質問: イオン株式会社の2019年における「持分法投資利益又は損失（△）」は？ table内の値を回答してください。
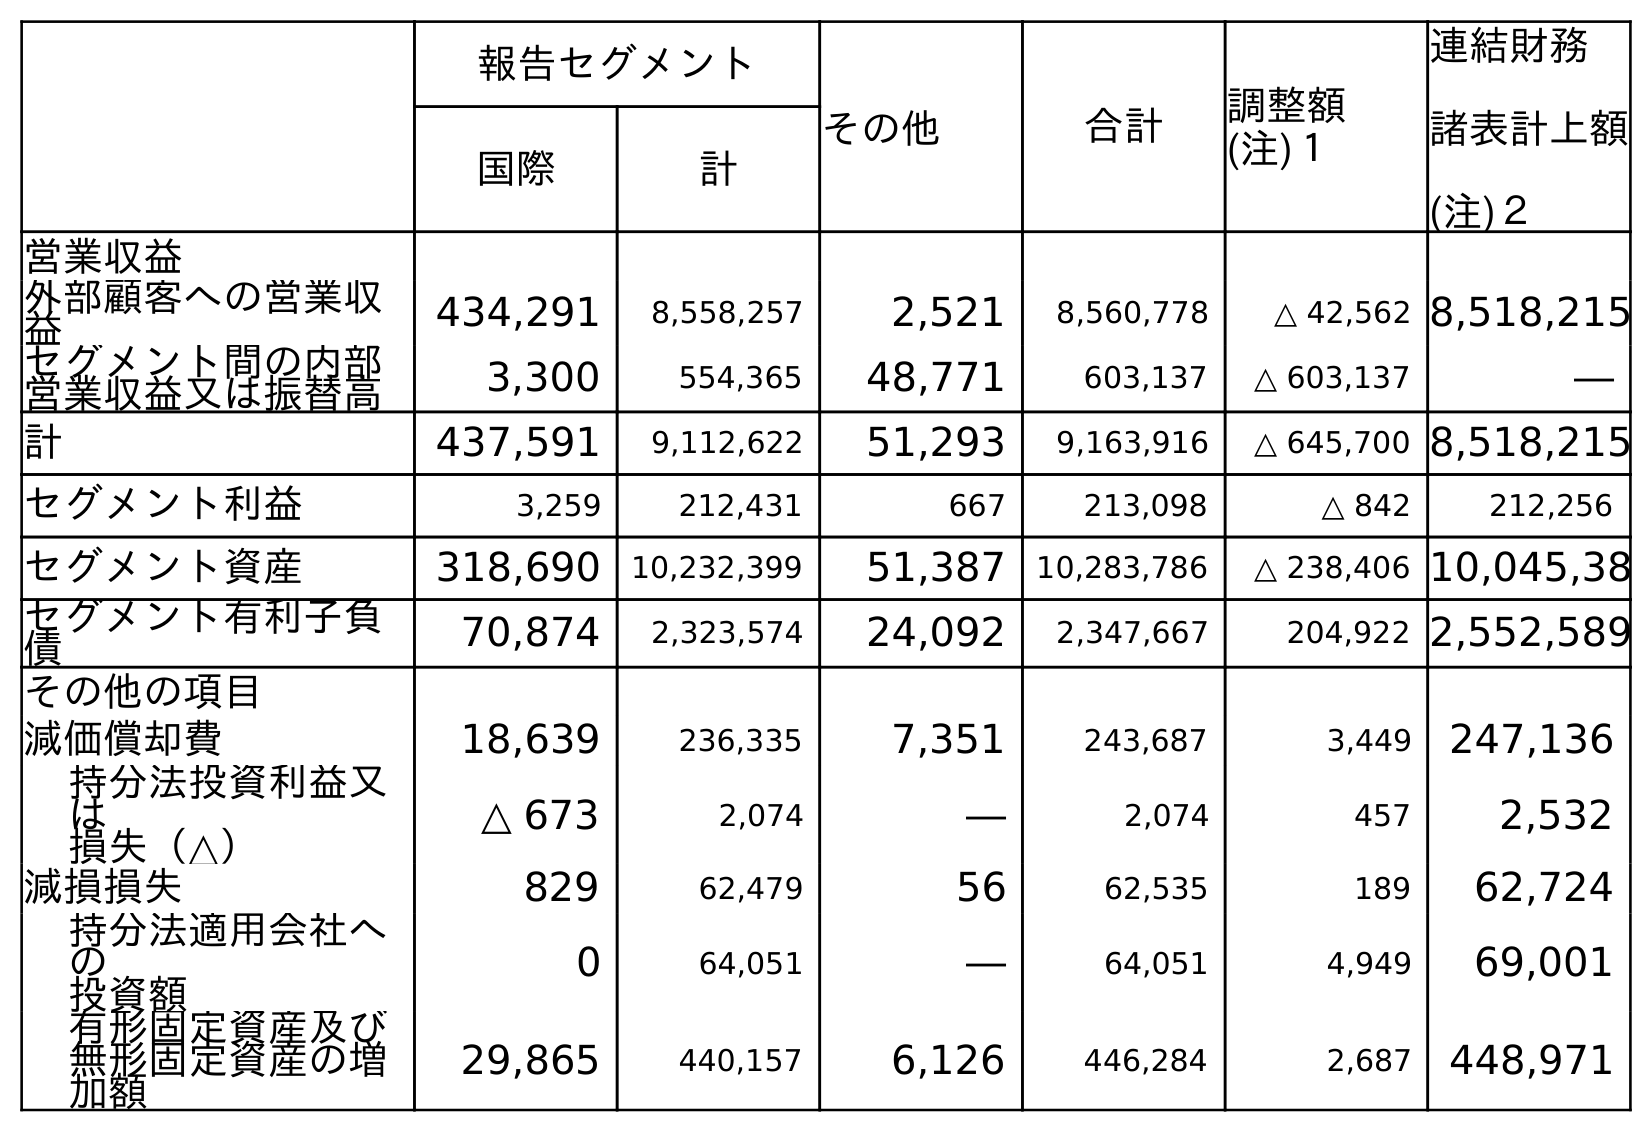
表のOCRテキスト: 報告セグメント その他 合計 調整額 (注)１ 連結財務 諸表計上額 (注)２ 国際 計 営業収益 外部顧客への営業収 益 434,291 8,558,257 2,521 8,560,778 △ 42,562 8,518,215 セグメント間の内部 営業収益又は振替高 3,300 554,365 48,771 603,137 △ 603,137 ― 計 437,591 9,112,622 51,293 9,163,916 △ 645,700 8,518,215 セグメント利益 3,259 212,431 667 213,098 △ 842 212,256 セグメント資産 318,690 10,232,399 51,387 10,283,786 △ 238,406 10,045,38 セグメント有利子負 債 70,874 2,323,574 24,092 2,347,667 204,922 2,552,589 その他の項目 減価償却費 18,639 236,335 7,351 243,687 3,449 247,136 持分法投資利益又 は 損失（△） △ 673 2,074 ― 2,074 457 2,532 減損損失 829 62,479 56 62,535 189 62,724 持分法適用会社へ の 投資額 0 64,051 ― 64,051 4,949 69,001 有形固定資産及び 無形固定資産の増 加額 29,865 440,157 6,126 446,284 2,687 448,971
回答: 2,532